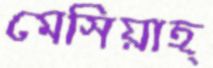
মেসিয়াহ্